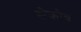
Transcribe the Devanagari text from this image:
सेकौब